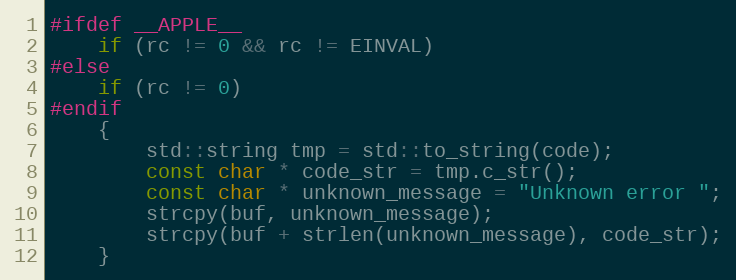
Language: C++
#ifdef __APPLE__
    if (rc != 0 && rc != EINVAL)
#else
    if (rc != 0)
#endif
    {
        std::string tmp = std::to_string(code);
        const char * code_str = tmp.c_str();
        const char * unknown_message = "Unknown error ";
        strcpy(buf, unknown_message);
        strcpy(buf + strlen(unknown_message), code_str);
    }